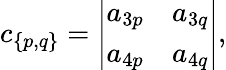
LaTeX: c_{\{ p,q\} }={\left|\begin{array}{ll}{a_{3p}}&{a_{3q}}\\ {a_{4p}}&{a_{4q}}\end{array}\right|},